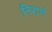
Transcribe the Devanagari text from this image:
निराणं